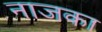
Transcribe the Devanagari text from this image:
नाजका